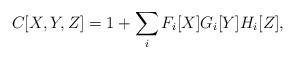
LaTeX: \begin{align*}C[X,Y,Z] = 1+\sum_i F_i[X] G_i[Y] H_i[Z],\end{align*}